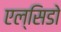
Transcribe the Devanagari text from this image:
एल्सिडो